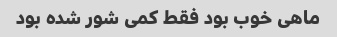
ماهی خوب بود فقط کمی شور شده بود